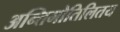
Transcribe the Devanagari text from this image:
अन्तिमोतिलितय